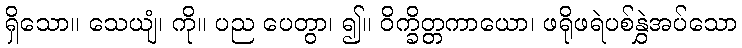
ရှိသော။ သေယျံ၊ ကို။ ပည ပေတွာ၊ ၍။ ဝိက္ခိတ္တကာယော၊ ဖရိုဖရဲပစ်နွှဲအပ်သော